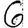
Digit: 6